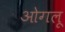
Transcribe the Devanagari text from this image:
ओगलू